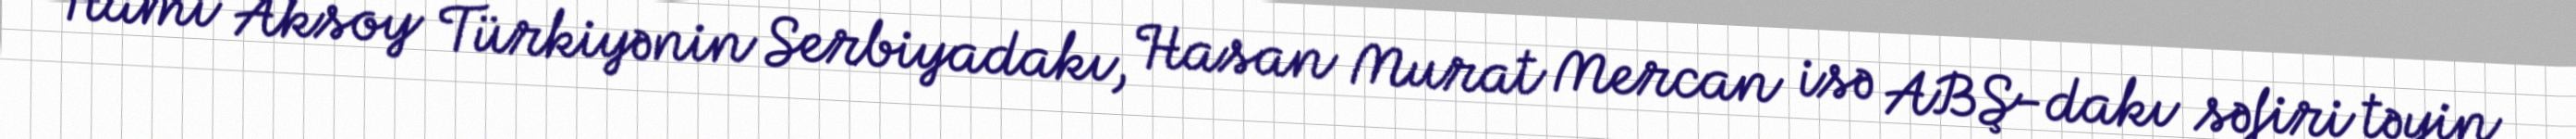
Hami Aksoy Türkiyənin Serbiyadakı, Hasan Murat Mercan isə ABŞ-dakı səfiri təyin